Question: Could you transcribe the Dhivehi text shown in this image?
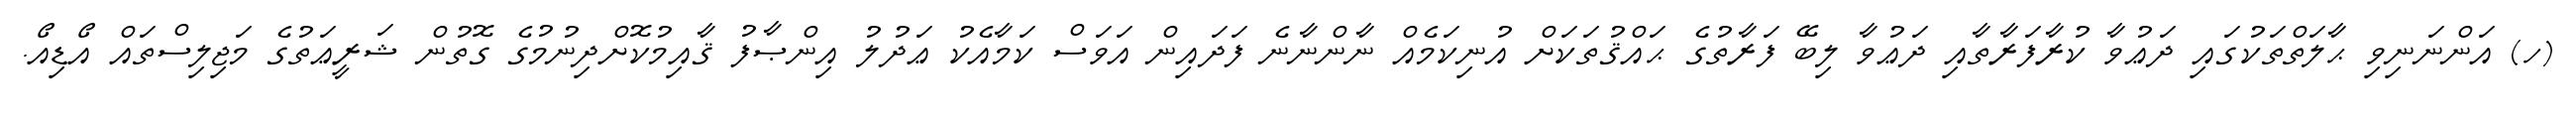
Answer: (ހ) އަންނަނިވި ޙާލަތްތަކުގައި ދަޢުވާ ކުރާފަރާތާއި ދަޢުވާ ލިބޭ ފަރާތުގެ ޙައްޤުތަކަށް އުނިކަމެއް ނާންނާނެ ފަދައިން އަވަސް ކަމާއެކު ޢަދުލު އިންޞާފު ޤާއިމުކޮށްދިނުމުގެ ގޮތުން ޝަރީޢަތުގެ މަޖިލިސްތައް އޯޑިއޯ.